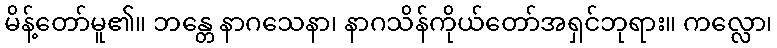
မိန့်တော်မူ၏။ ဘန္တေ နာဂသေနာ၊ နာဂသိန်ကိုယ်တော်အရှင်ဘုရား။ ကလ္လော၊